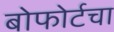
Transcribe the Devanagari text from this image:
बोफोर्टचा